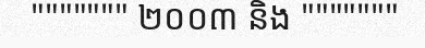
""""""" ២០០៣ និង """""""